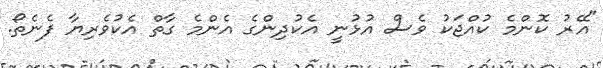
"އޭރު ކޮންމެ ކުއްޖަކު ވެސް އުޅުނީ އެކުދިންގެ އެންމެ ގާތް އެކުވެރިޔާ ފެނެތޯ.